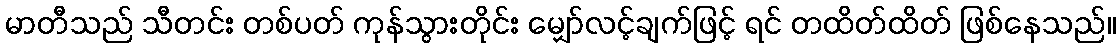
မာတီသည် သီတင်း တစ်ပတ် ကုန်သွားတိုင်း မျှော်လင့်ချက်ဖြင့် ရင် တထိတ်ထိတ် ဖြစ်နေသည်။